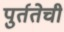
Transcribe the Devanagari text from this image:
पुर्ततेची